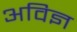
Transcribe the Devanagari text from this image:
अविज्ञ